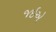
જઇએ